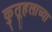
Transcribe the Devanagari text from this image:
कुतूहलाच्या